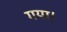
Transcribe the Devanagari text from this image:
गया।